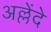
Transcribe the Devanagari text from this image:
अल्लेंदे